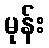
မုန်း